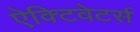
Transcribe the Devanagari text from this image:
ऐक्टिवेटर्स